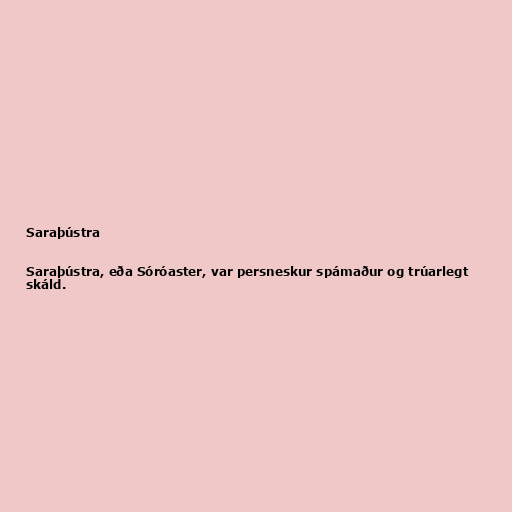
Saraþústra

Saraþústra, eða Sóróaster, var persneskur spámaður og trúarlegt
skáld.